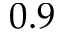
0 . 9